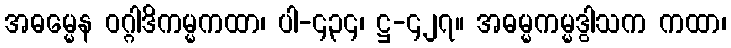
အဓမ္မေန ဝဂ္ဂါဒိကမ္မကထာ၊ ပါ-၄၃၄၊ ဋ္ဌ-၄၂၇။ အဓမ္မကမ္မဒွါသက ကထာ၊